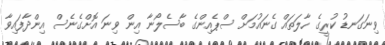
ވިނަގަނޑު ކުރީގެ ހާލަތައް ގެނައުމަށް ސްޕެއިންގެ ބާސެލޯނާ އިން ވިނަ އޮށްގެނެސް އިންދާފައިވާ